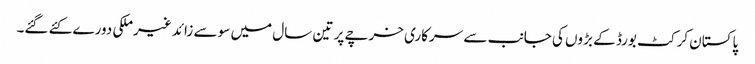
پاکستان کرکٹ بورڈ کے بڑوں کی جانب سے سرکاری خرچے پر تین سال میں سو سے زائد غیرملکی دورے کئے گئے۔